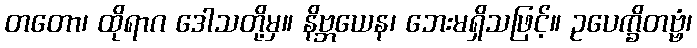
တတော၊ ထိုရာဂ ဒေါသတို့မှ။ နိဗ္ဘယေန၊ ဘေးမရှိသဖြင့်။ ဥပေက္ခိတဗ္ဗံ၊